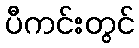
ပီကင်းတွင်